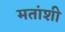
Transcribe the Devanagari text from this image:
मतांशी